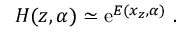
{ \cal H } ( z , \alpha ) \simeq \mathrm { e } ^ { E ( x _ { z } , \alpha ) } \ .